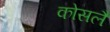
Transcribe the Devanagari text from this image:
कोसलै